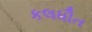
કલધૌત